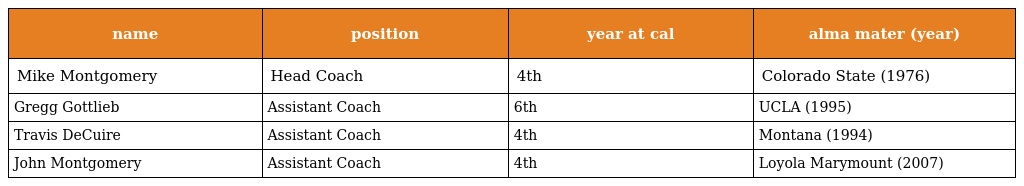
| name | position | year at cal | alma mater (year) |
 | --- | --- | --- | --- |
 | Mike Montgomery | Head Coach | 4th | Colorado State (1976) |
 | Gregg Gottlieb | Assistant Coach | 6th | UCLA (1995) |
 | Travis DeCuire | Assistant Coach | 4th | Montana (1994) |
 | John Montgomery | Assistant Coach | 4th | Loyola Marymount (2007) |